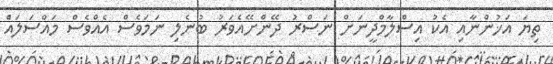
ތިޔަ އަޚުންނާއި އެކު އިސްލާމްދީނަށް ނަސްރު ދޭންށޭއެވަރު ބުނެލި ނަމަވެސް އެއްވެސް މައްސަލައެް